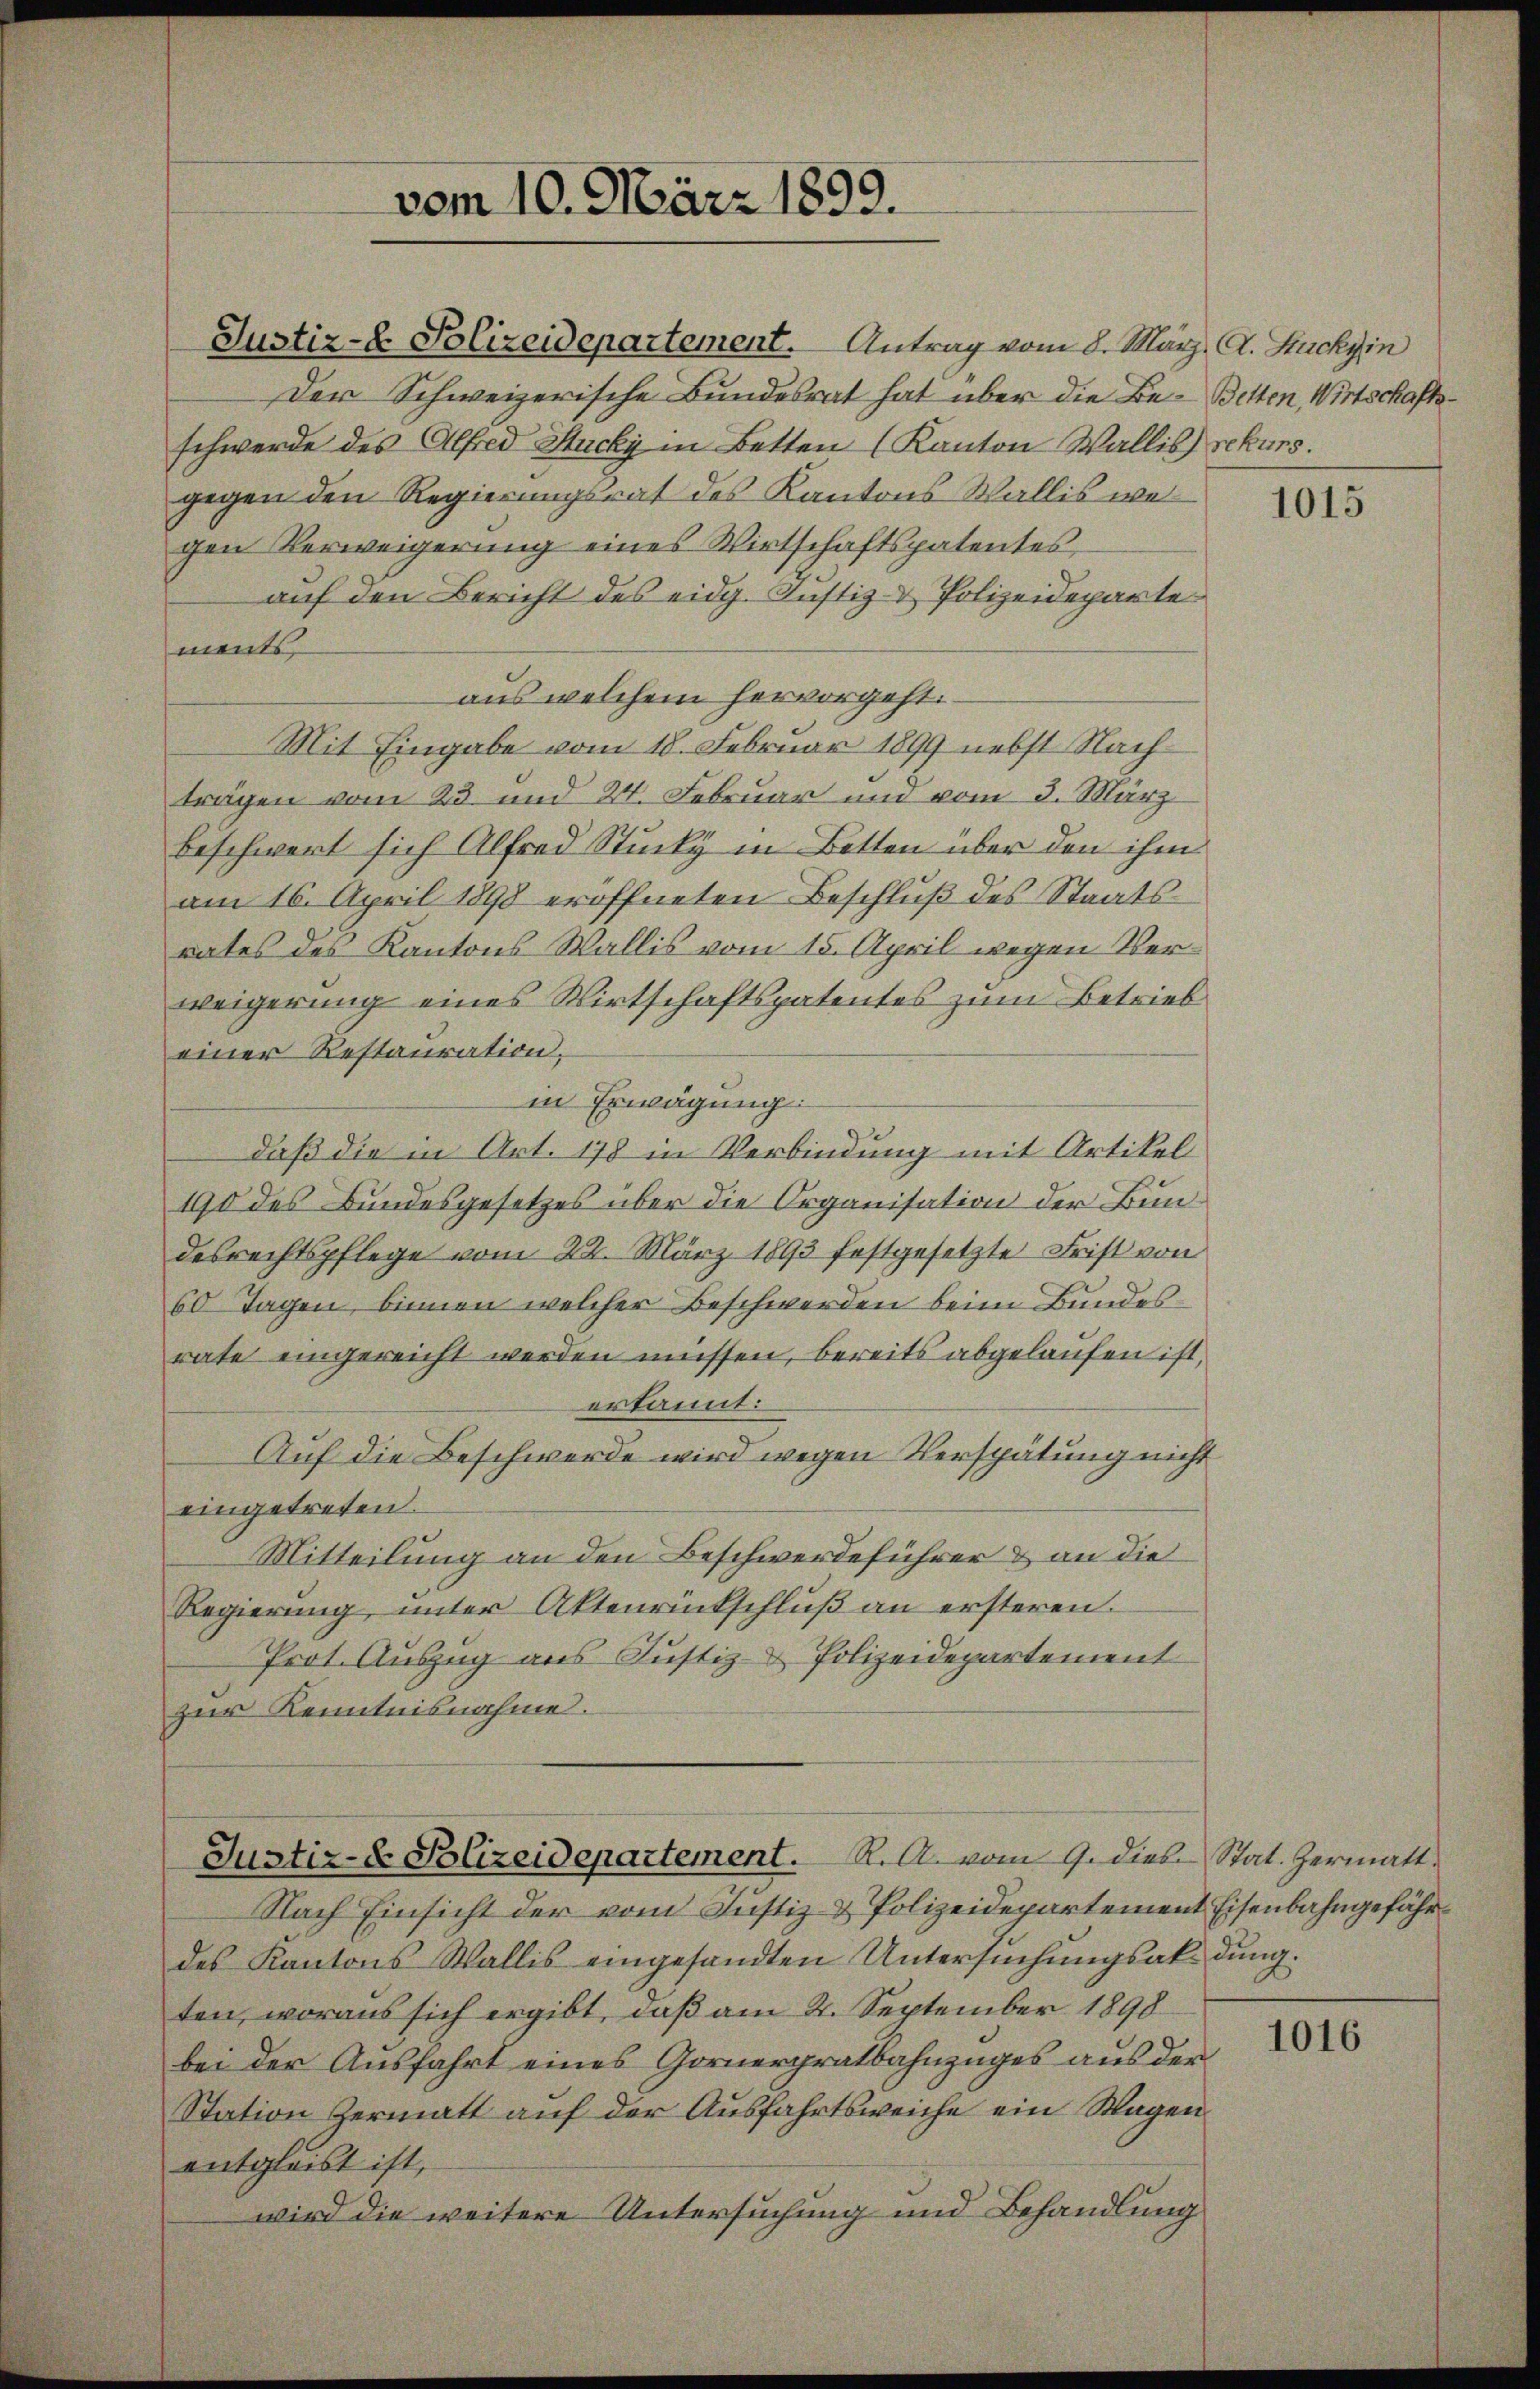
Justiz-8. Polizeidepartement. Antrag vom 8. März. A. Stucky in
Der Schweizerische Bundesrat hat über die Be- Betten, Wirtschaftsschwerde des Alfred Stucky in Betten (Kanton Wallis rekurs.
gegen den Regierungsrat des Kantons Wallis welgen Verweigerŭng eines Wirtschaftspatentes,
auf den Bericht des eidg. Justiz- & Polizeidepartements,
aus welchem hervorgeht.
Mit Eingabe vom 18. Februar 1899 nebst Nachträgen vom 23. und 24. Februar und vom 3. März
beschwert sich Alfred Stucky in Bitten über den ihm
am 16. April 1898 eröffneten Beschluß des Staatsrates des Kantons Wallis vom 15. April wegen Verweigerung eines Wirtschaftspatentes zum Betrieb
einer Restauration,
in Erwägung:
daß die in Art. 178 in Verbindung mit Artikel
190 des Bundesgesetzes über die Organisation der Bundesrechtspflege vom 22. März 1893 festgesetzte Frist von
60 Tagen, binnen welcher Beschwerden beim Bundes
rate eingereicht werden müssen, bereits abgelaufen ist,
erkannt:
Auf die Beschwerde wird wegen Verspätung nicht
eingetreten.
Mitteilung an den Beschwerdeführer & an die
Regierung, unter Aktenrückschlŭβ an ersteren.
Prot. Auszug aus Justiz- & Polizeidepartement
zur Kenntnisnahme.

vom 10. März 1899.

Justiz-D. Bolizeidepartement. R. A. vom 9. Dieb. Stat. Hermatt.

Nach Einsicht der vom Justiz & Polizeidepartement Eisenbahngefährdes Kantons Wallis eingesandten Untersuchungsakdung.
ten, woraus sich ergibt, daß am 4. September 1898
bei der Ausfahrt eines Gornerpratbahnzuges aus der
Station Hermatt auf der Ausfahrtsweiche ein Wagen
entgleist ist,
wird die weitere Untersuchung und Behandlung

1015

1016